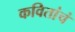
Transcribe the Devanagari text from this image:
कवितांचं